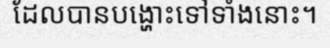
ដែលបានបង្ហោះទៅទាំងនោះ។